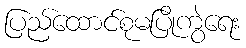
ပြည်ထောင်စုမပြိုကွဲရေး